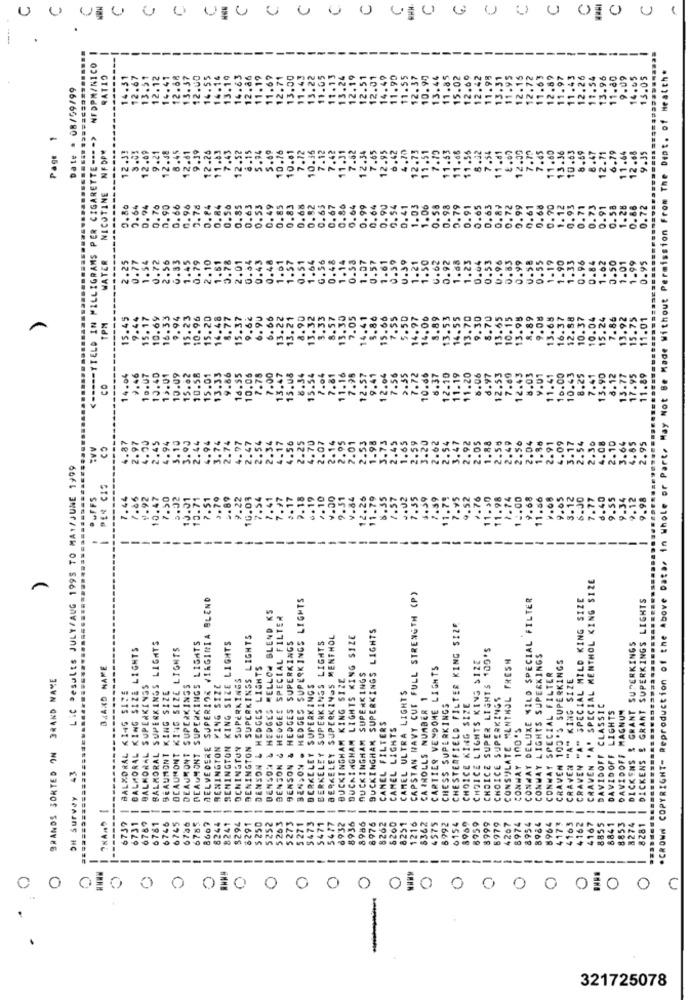
U
UU UU UU 0 0 0 0 00 0 0 0 0 0,0 0 1
---
---------
----------
NFDPH/NICO
*CROWN COPYRIGHT- Reproduction of the Above Data, in Whole or Part, May Not Be Made Without Permission From The Dept. of Health.
RATIO
14.31
12.67
13.51
12.12
14.41
12.68
13.37
12.00
14.55
14.14
13.19
14.63
12.86
11.19
11.69
2.71
13.00
12.19
12.51
12.01
14.49
11.90
11.55
12.37
10.90
15.02
13.31
12.15
12.72
11.63
12.89
11.97
11.43
12.26
11.54
13.96
1.80
9.09
14.05
15.05
Date : 08/09/99
13.2
13.4
12.6
11.9
11.9
Page 1
<===== YIELD IN MILLIGRAMS PER CIGARETTE ---- >
NFDPW
1.03
12.09
9.21
12.58
8.45
9.39
12.26
11.83
7.43
12.52
6.15
5.94
5.69
7.72
10.36
7.12
7.42
11.31
7.62
12.34
7.65
12.95
6.42
.70
.73
11.51
7.15
1.55
.54
.df
12.09
7.79
7.45
11.60
13.36
10.63
6.69
8.47
12.68
9.35
........
12.31
12.
10.16
10.41
12.71
6.79
11.64
NICOTINE
0.80
3.64
0.94
0.70
0.90
0.66
0.96
0.78
0.84
0.84
0.56
0.85
0.63
0.53
0. 49
0.85
0.83
0.68
0.92
0.65
0.67
0.86
64
0.99
0.64
0.90
0.54
0.41
1.03
1.06
0.58
0.98
0.79
0.91
65
63
0.99
1.12
0.93
0.71
0.73
0.91
0.58
1.26
0.86
0.72
-
WATER
0.77
1.54
0.72
2.56
0.83
1.45
0.79
1.61
0.54
0.43
1.01
1.57
0.51
1.64
G.56
0.48
0.53
1.57
0.57
1.61
U.39
1.21
1.50
0.62
0.92
1.88
1.23
0.53
0.58
0.55
1.19
1.90
1.33
0.96
0.84
1.62
0.95
2.25
1.14
0.59
0.64
0.96
0.83
0.99
0.50
1.01
1.99
15.45
9.44
15.17
10.69
16.33
94
15.23
10.96
15.20
14.48
8.77
15.37
9.6€
6.90
6.66
13.22
13.21
8.90
13.32
3.33
8.57
13.30
7.05
14.41
8.86
15.66
7.55
5.50
14.97
14.00
8.89
13.53
14.55
13.70
9.30
8.70
13.65
10.15
13.95
8.89
9.08
13.68
16.37
12.58
10.37
10.04
15.24
.86
13.92
15.75
11.01
TPM
10.07
14.04
2.46
10.40
15.01
10.09
15.02
10.58
15.01
$3.33
9.66
16.55
10.05
7.78
7.00
13.47
15.08
8.34
15.54
7.04
7.81
11.16
7.96
.57
9.41
7.56
2.35
7.72
10.66
6.37
12.10
11.19
11.20
8.06
8.97
12.53
7.69
12.43
8.03
9.01
11.41
10.00
10.43
8.25
7.41
13.90
8.12
13.77
17.95
11.89
CO
12.
.87
4.00
2.45
3.10
3.90
2.44
4.94
3.74
2.74
. 97
.47
2.54
2.34
4.17
4.56
2.25
.70
2.07
2.14
2.95
2.01
2.53
1.98
3.73
2.45
1.65
2.59
3.20
2.62
2.54
3.47
2.92
2.05
1.88
2.50
2.49
2.56
2.04
1.88
2.91
4.09
3.17
4.08
2.10
3.64
4.65
2.95
2.97
4.94
2.54
2.30
Lic Results JULY/AUG 1995 TO MAY/JUNE 1999
I PER CIS
PUFFS
7.44
1.05
9.92
10.47
7.30
5.02
10.01
13.71
7.51
3.70
.89
9.22
10.03
7.54
7.41
7.97
5.17
2.18
4.19
2.10
9.00
9.51
V.84
12.26
11.79
8.35
1.57
J.02
1.55
5.59
2.59
11.79
9.52
.. 76
11.30
11.98
7.74
12.00
9.68
11.56
.05
3.12
6.00
7.77
d.40
9.55
9.34
9.12
9.98
7.1
-
CRAVEN 'A' SPECIAL MENTHOL KING SIZE
BELVEDERE SUPERIOR VIRGINIA BLEND
BENSON . HEDGES SUPERKINGS LIGHTS
CAPSTAN NAVY CUT FULL STRENGTH (P)
CONWAY DELUXE MILD SPECIAL FILTER
CRAVEN "A" SPECIAL MILD KING SIZE
| DICKENS & GRANT SUPERKINGS LIGHTS
BENSON & HEDGES MELLOW BLEND KS
HEDGES SPECIAL FILTER
BUCKINGHAM SUPERKINGS LIGHTS
CHESTERFIELD FILTER KING SIZE
BALMORAL SUPERKINGS LIGHTS
BEAUMONT SUPERKINGS LIGHTS
DENINGTON SUPERKINSS LIGHTS
BENSON & HEDGES SUPERKINGS
BERKELEY SUPERKINGS MENTHOL
BUCKINGHAM LIGHTS KING SIZE
BALMORAL KING SIZE LIGHTS
BEAUMONT KING SIZE LIGHTS
REMINGTON KING SIZE LIGHTS
BERKELEY SUPERKINGS LIGHTS
CHOICE SUPER LIGHTS 100'S
DICKENS & GRANT SUPERKINGS
CHOICE LIGHTS KING $12E
CONSULATE MENTHOL FRESH
CONWAY LIGHTS SUPERKINGS
BRAND NAME
------
DENSON & HEDGES LIGHTS
CARTIER VENDOME LIGHTS
CONWAY SPECIAL FILTER
CRAVEN 100'S SUPERKINGS
BRANDS SORTED ON BRAND NAME
OCHINGTON SUPERKINGS
BUCKINGHAM KING SIZE
SUPERKINGS
CRAVEN "A" KING SIZE
BALMORAL SUPERKINSS
DEAUMONT SUPERKINGS
BENINGTON VING SIZE
BERKELEY SUPERKINGS
CAMEL ULTRA LIGHTS
BALMORAL KING SIZE
BEAUMONT KING SIZE
CA INOLLS NUMBER 1
CHOICE SUPERKINGS
CHESS SUPERKINGS
CHOICE KING SIZE
DAVIDOFF CLASSIC
DAVIDOFF LIGHTS
DAVIDOFF MAGNUN
CAMEL FILTERS
CAMEL LIGHTS
CONWAY 100'S
BUCKINGHAM
BENSON
OH Survey 43
-
6736
-
8244
8241
5294
6291
5252
-
-
8262
6260
8362
6154
8969
-
4173
-
4163
4162
4167
8855
8841
8853
8274
8281
6739
6731
6789
6745
6785
8667
$ 250
5203
5273
5 271
$473
5471
5477
6932
8936
8986
8976
8251
1216
4575
6992
6959
8999
6979
4267
8974
8954
8984
8964
---
----
-----
---
-----
0
0
0
0 0 00010 0 00 0 01000000000
-
321725078